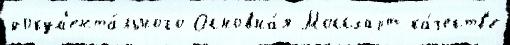
докум'ента́льного Основна́я Моссхарт ка́честв'е